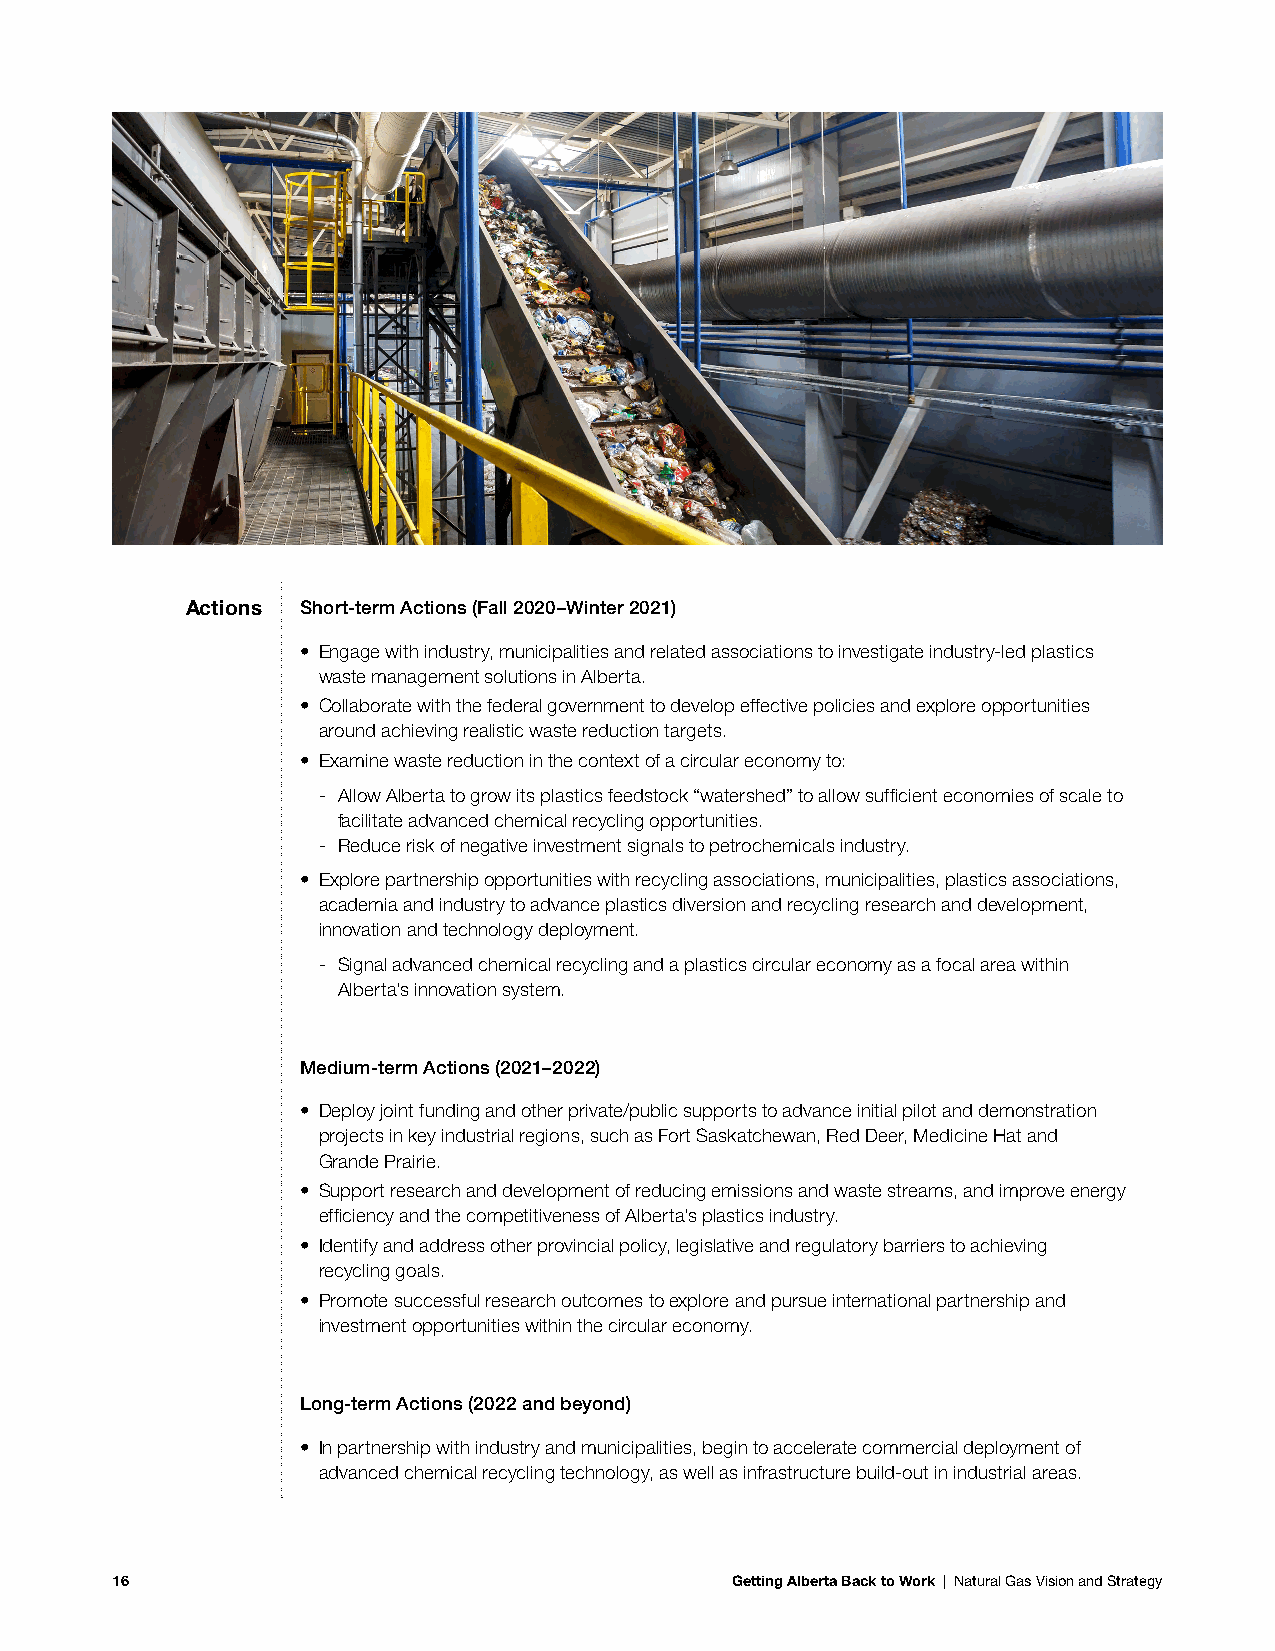
Actions Short-term Actions (Fall 2020–Winter 2021)
 • Engage with industry, municipalities and related associations to investigate industry-led plastics
 waste management solutions in Alberta.
 • Collaborate with the federal government to develop effective policies and explore opportunities
 around achieving realistic waste reduction targets.
 • Examine waste reduction in the context of a circular economy to:
 - Allow Alberta to grow its plastics feedstock “watershed” to allow sufficient economies of scale to
 facilitate advanced chemical recycling opportunities.
 - Reduce risk of negative investment signals to petrochemicals industry.
 • Explore partnership opportunities with recycling associations, municipalities, plastics associations,
 academia and industry to advance plastics diversion and recycling research and development,
 innovation and technology deployment.
 - Signal advanced chemical recycling and a plastics circular economy as a focal area within
 Alberta’s innovation system.
 Medium-term Actions (2021–2022)
 • Deploy joint funding and other private/public supports to advance initial pilot and demonstration
 projects in key industrial regions, such as Fort Saskatchewan, Red Deer, Medicine Hat and
 Grande Prairie.
 • Support research and development of reducing emissions and waste streams, and improve energy
 efficiency and the competitiveness of Alberta’s plastics industry.
 • Identify and address other provincial policy, legislative and regulatory barriers to achieving
 recycling goals.
 • Promote successful research outcomes to explore and pursue international partnership and
 investment opportunities within the circular economy.
 Long-term Actions (2022 and beyond)
 • In partnership with industry and municipalities, begin to accelerate commercial deployment of
 advanced chemical recycling technology, as well as infrastructure build-out in industrial areas.
 16                                       Getting Alberta Back to Work | Natural Gas Vision and Strategy